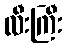
လီးကြီး